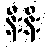
နီးနီး